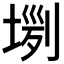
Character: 𡎗